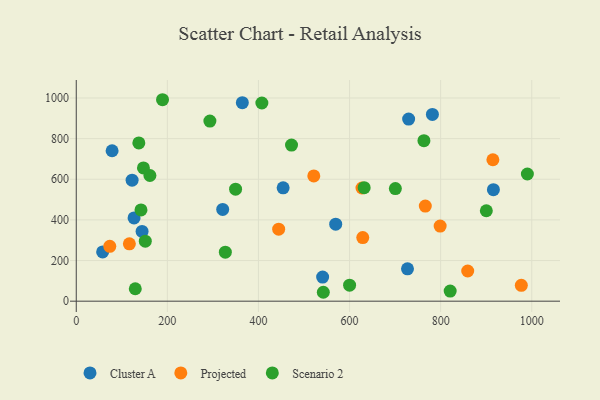
{"axis": {"x": "Ad Spend", "y": "Sales"}, "legend": ["Cluster A", "Projected", "Scenario 2"], "data": [{"x": "57.9", "y": 242.4, "type": "Cluster A"}, {"x": "569.6", "y": 378.9, "type": "Cluster A"}, {"x": "321.5", "y": 451.5, "type": "Cluster A"}, {"x": "540.9", "y": 118.7, "type": "Cluster A"}, {"x": "144.5", "y": 343.5, "type": "Cluster A"}, {"x": "729.7", "y": 896.0, "type": "Cluster A"}, {"x": "727.2", "y": 159.1, "type": "Cluster A"}, {"x": "781.9", "y": 919.3, "type": "Cluster A"}, {"x": "122.6", "y": 595.5, "type": "Cluster A"}, {"x": "364.6", "y": 976.8, "type": "Cluster A"}, {"x": "126.9", "y": 409.6, "type": "Cluster A"}, {"x": "454.2", "y": 557.8, "type": "Cluster A"}, {"x": "915.8", "y": 548.8, "type": "Cluster A"}, {"x": "78.7", "y": 740.4, "type": "Cluster A"}, {"x": "627.3", "y": 556.9, "type": "Projected"}, {"x": "977.1", "y": 77.8, "type": "Projected"}, {"x": "521.5", "y": 616.3, "type": "Projected"}, {"x": "116.6", "y": 282.0, "type": "Projected"}, {"x": "859.4", "y": 148.6, "type": "Projected"}, {"x": "798.9", "y": 369.4, "type": "Projected"}, {"x": "914.7", "y": 696.0, "type": "Projected"}, {"x": "629.0", "y": 313.2, "type": "Projected"}, {"x": "444.4", "y": 354.4, "type": "Projected"}, {"x": "73.6", "y": 270.0, "type": "Projected"}, {"x": "766.3", "y": 468.1, "type": "Projected"}, {"x": "327.3", "y": 241.1, "type": "Scenario 2"}, {"x": "293.4", "y": 886.1, "type": "Scenario 2"}, {"x": "763.3", "y": 789.8, "type": "Scenario 2"}, {"x": "151.6", "y": 295.2, "type": "Scenario 2"}, {"x": "407.5", "y": 975.3, "type": "Scenario 2"}, {"x": "472.6", "y": 768.3, "type": "Scenario 2"}, {"x": "700.6", "y": 554.1, "type": "Scenario 2"}, {"x": "161.7", "y": 618.6, "type": "Scenario 2"}, {"x": "349.8", "y": 551.1, "type": "Scenario 2"}, {"x": "142.1", "y": 449.2, "type": "Scenario 2"}, {"x": "147.5", "y": 656.0, "type": "Scenario 2"}, {"x": "632.1", "y": 558.8, "type": "Scenario 2"}, {"x": "129.6", "y": 61.1, "type": "Scenario 2"}, {"x": "820.9", "y": 49.6, "type": "Scenario 2"}, {"x": "600.1", "y": 78.8, "type": "Scenario 2"}, {"x": "900.3", "y": 445.1, "type": "Scenario 2"}, {"x": "189.4", "y": 991.4, "type": "Scenario 2"}, {"x": "542.4", "y": 43.8, "type": "Scenario 2"}, {"x": "137.4", "y": 778.9, "type": "Scenario 2"}, {"x": "990.4", "y": 625.9, "type": "Scenario 2"}]}